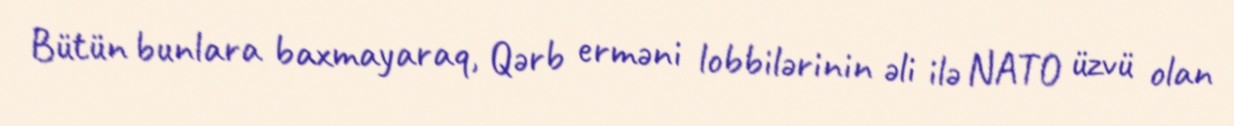
Bütün bunlara baxmayaraq, Qərb erməni lobbilərinin əli ilə NATO üzvü olan